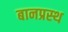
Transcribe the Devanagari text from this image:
बानप्रस्‍थ